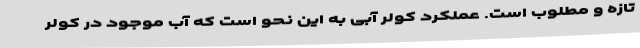
تازه و مطلوب است. عملکرد کولر آبی به این نحو است که آب موجود در کولر